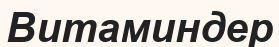
Витаминдер